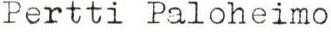
Pertti Paloheimo